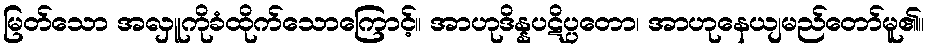
မြတ်သော အလှူကိုခံထိုက်သောကြောင့်။ အာဟုဒိန္နပဋိပ္ပတော၊ အာဟုနေယျမည်တော်မူ၏။